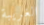
الغريبة